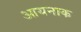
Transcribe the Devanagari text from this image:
आयनाक